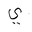
Letter: _ya